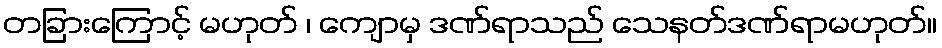
တခြားကြောင့် မဟုတ် ၊ ကျောမှ ဒဏ်ရာသည် သေနတ်ဒဏ်ရာမဟုတ်။